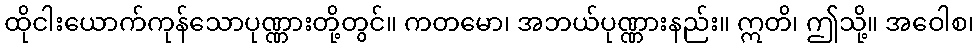
ထိုငါးယောက်ကုန်သောပုဏ္ဏားတို့တွင်။ ကတမော၊ အဘယ်ပုဏ္ဏားနည်း။ ဣတိ၊ ဤသို့။ အဝေါစ၊